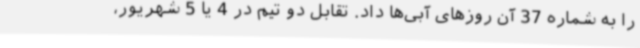
را به شماره 37 آن روزهای آبی‌ها داد. تقابل دو تیم در 4 یا 5 شهریور،